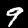
Label: 9